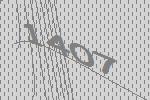
1407